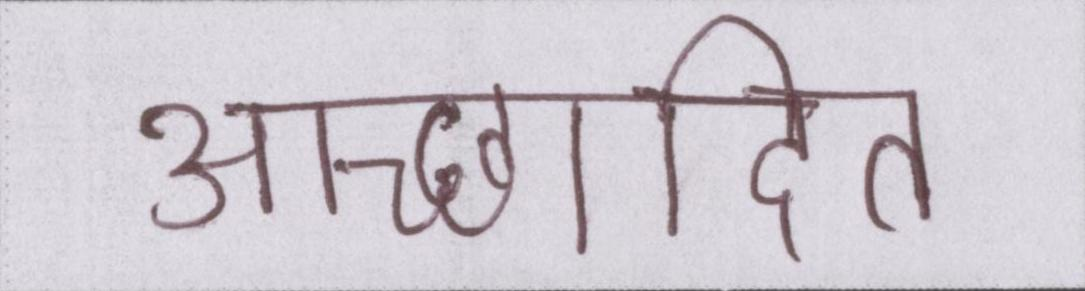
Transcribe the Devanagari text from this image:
आच्छादित